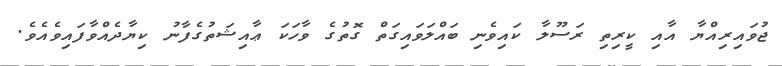
ޖުވައިރިއްޔާ އާއި ކީރިތި ރަސޫލާ ކައިވެނި ބައްލަވައިގަތް ގޮތުގެ ވާހަކަ ޢާއިޝަތުގެފާނު ކިޔާދެއްވާފައިވެއެވެ.